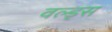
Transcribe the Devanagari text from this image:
वल्ड्स